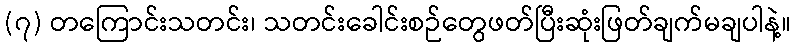
(၇) တကြောင်းသတင်း၊ သတင်းခေါင်းစဉ်တွေဖတ်ပြီးဆုံးဖြတ်ချက်မချပါနဲ့။